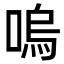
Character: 嗚